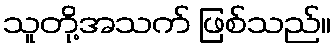
သူတို့အသက် ဖြစ်သည်။